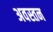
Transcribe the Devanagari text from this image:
अवस्तन